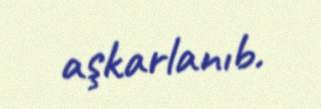
aşkarlanıb.